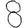
Digit: 8